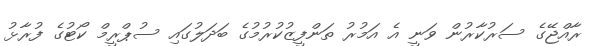
ރާއްޖޭގެ ސަރުކާރުން ވަނީ އެ އަމުރު ތަންފީޒުކުރުމުގެ ބަދަލުގައި ސުޕްރީމް ކޯޓުގެ ފުރާޅު